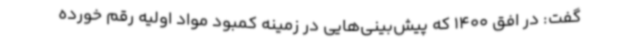
گفت: در افق 1400 که پیش‌بینی‌هایی در زمینه کمبود مواد اولیه رقم خورده